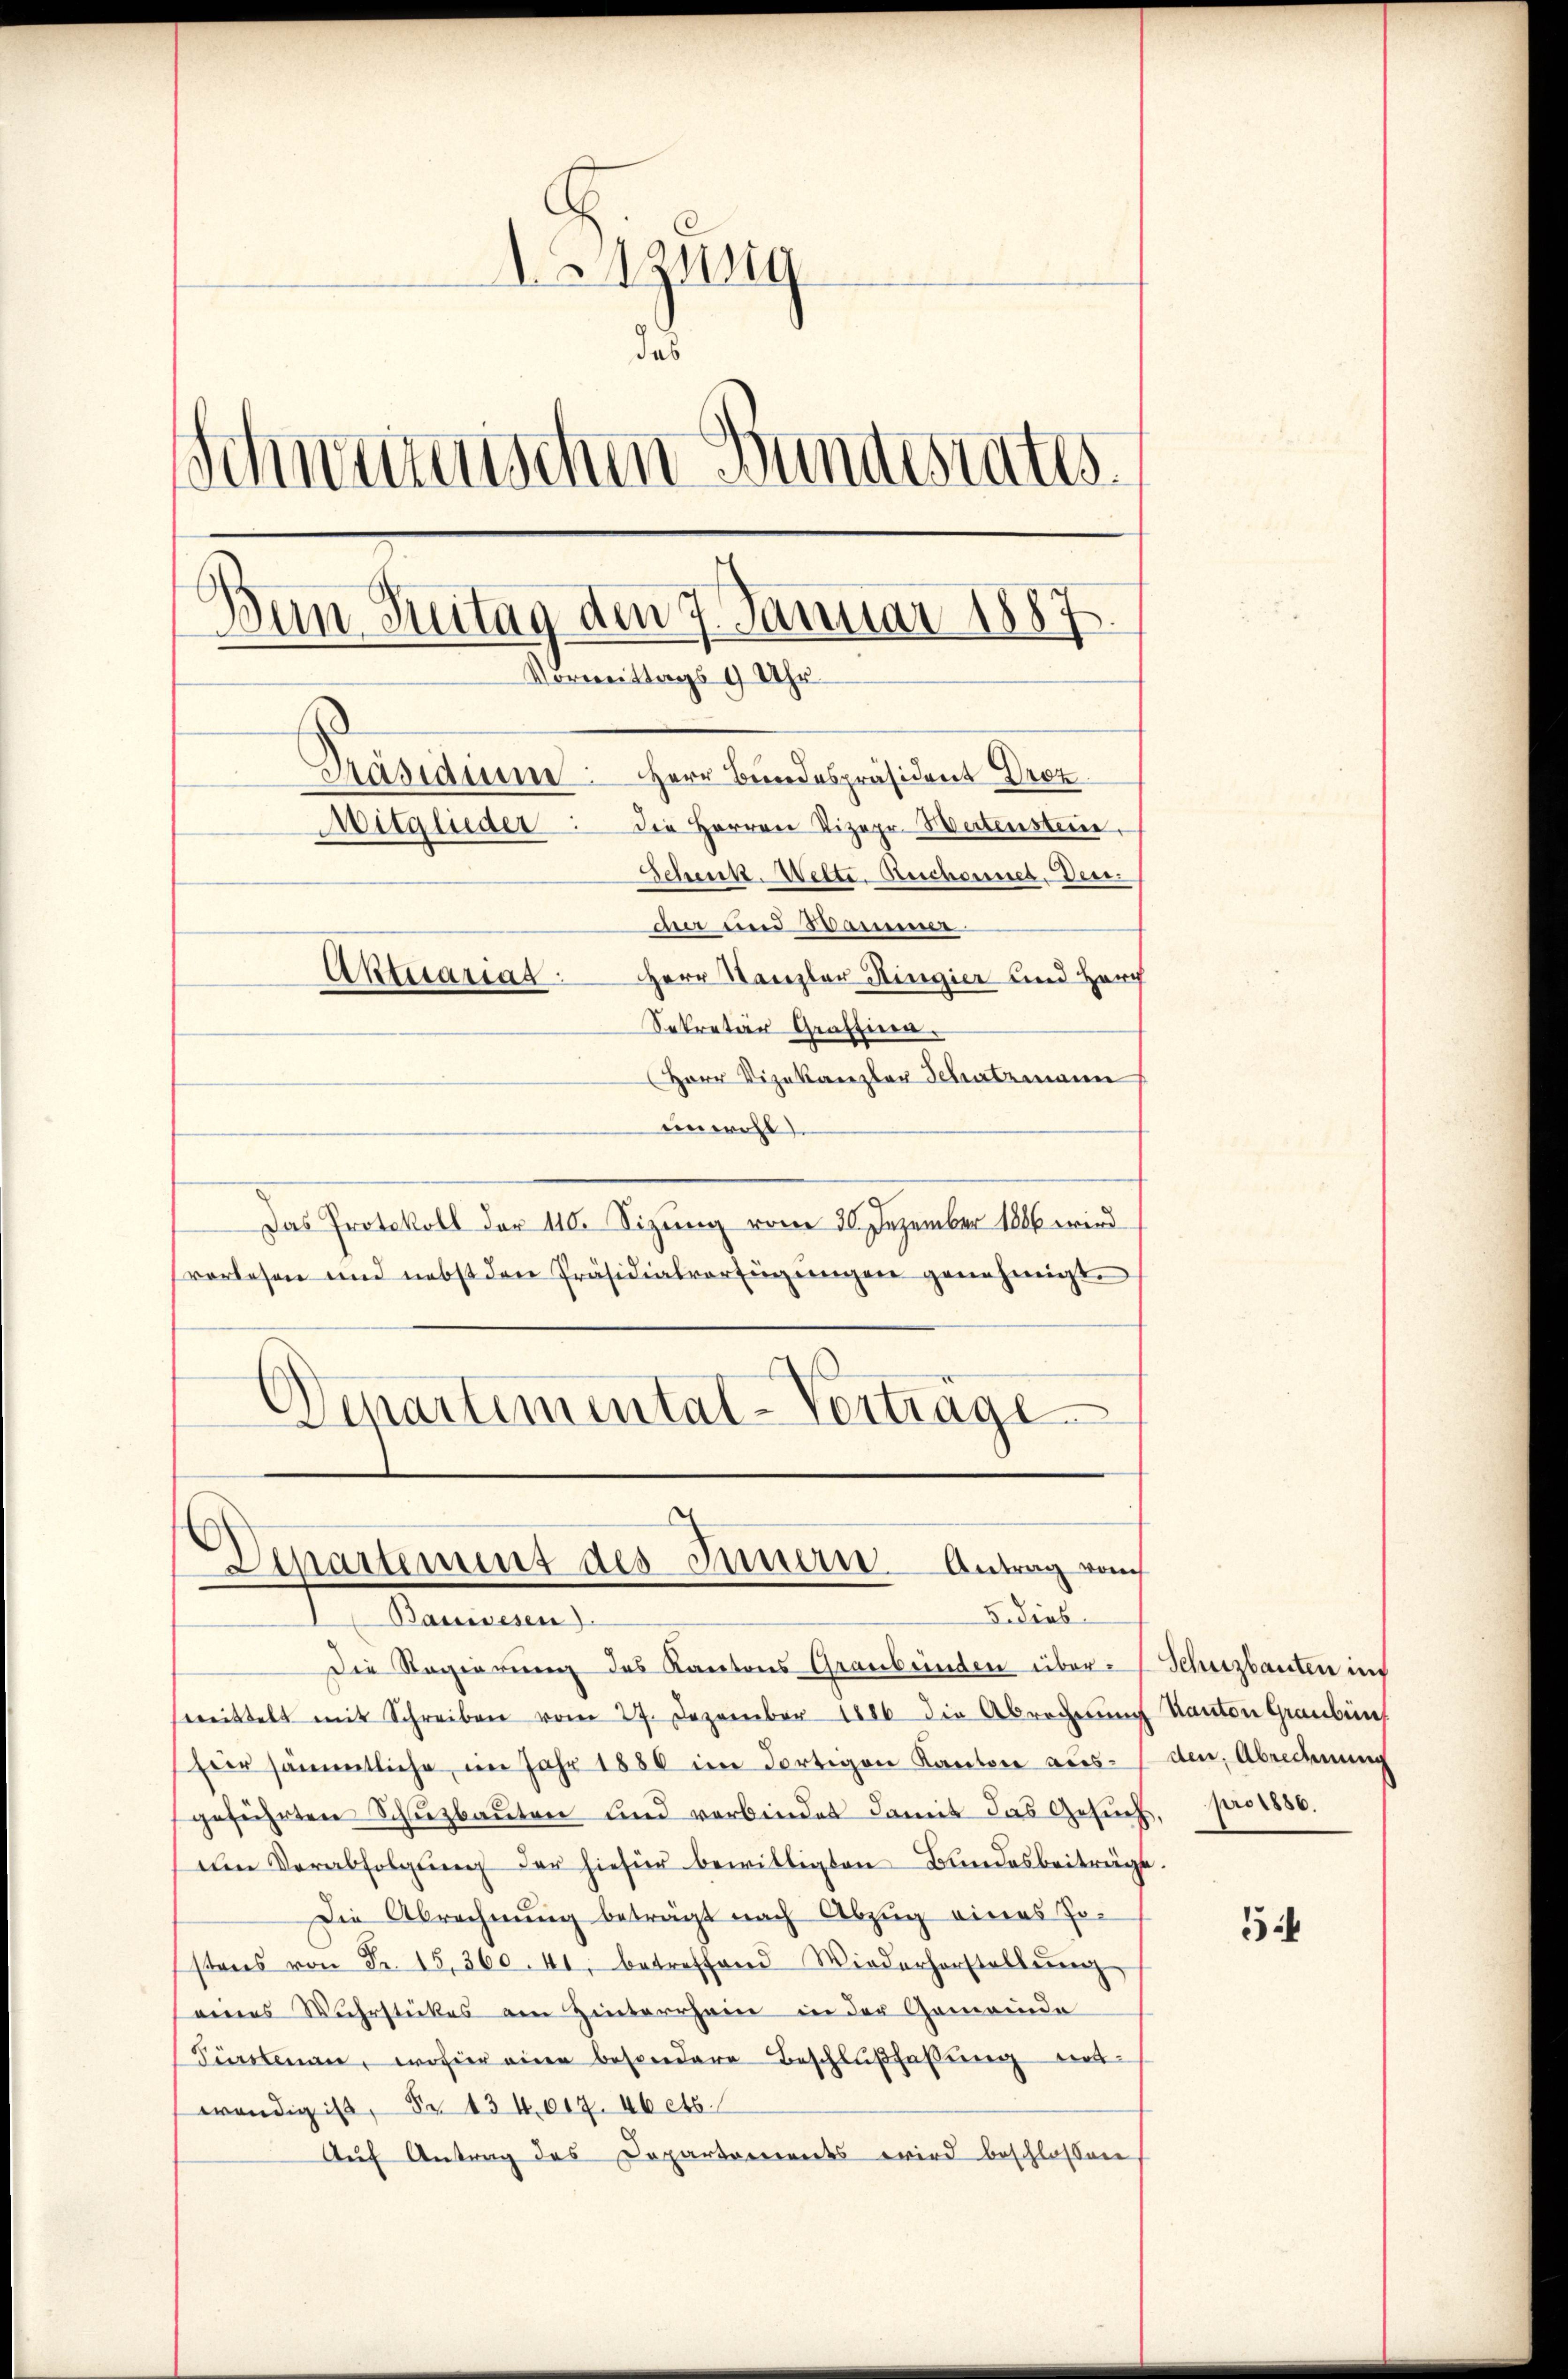
zwig
das
Schwerenischen Bundestates.
den Zeitag den 7. Januar 1887.
Vormittags 9 Uhr
Präsideme: Herr Bundespräsident Droz.
Mitglieder die Herren Vizepr. Weitensteine
Schenk Wette. Rechannes, den
dier und Kammer
Aktuarias Herr Kanzler Ringier und Herz
Sekretär Graffiren.
Herr Vizekanzler Schatzmann

einwohl.
Das Protokoll der 110. Sizung vom 30. Dezember 1886 wird
vorlesen und nebst den Präsidialverfügungen genehmigt.
Departimental-Verträge

Departement des Innern. Antrag vom
Fedieb
Bauwesen).

Die Regierung des Kantons Graubünden über Schutzbauten ins
wittelt mit Schreiben vom 27. Dezember 1886 die Abrecherŭng Kanton Graubünt
Eier sämmtliche im Jahr 1880 im dortigen Kanton aus den Abredung
geführten Schŭzbaŭten und verbindet damit das Gesŭch, pro 1850.
den Verabfolgŭng der hiefür bewilligten Bundesbeiträge.
Die Abrechnŭng beträgt nach Abzug eines Jo-
stens von Fr. 15,360. 41, betreffend Wiederhorstellŭng
eines Wuhrstückes am Hinterrhein in der Gemeinde
Fürstenan, wo hier eine besondere Beschlußfassung ent-
wendig ist, S. 134,007. 46 etc.
Aŭf Antrag des Departements wird beschlossen,

54